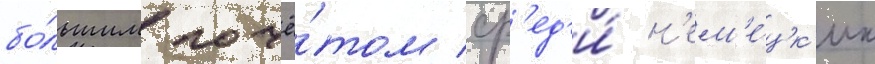
бо́льшим почё́том ср'ед'и́ н'ем'е́цк'их